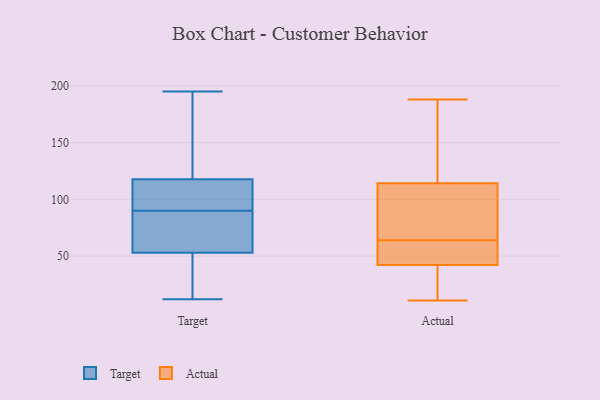
{"axis": {"x": "Churn Rate (%)", "y": "Value"}, "legend": ["Actual", "Target"], "data": [{"x": "", "y": 80, "type": "Target"}, {"x": "", "y": 90, "type": "Target"}, {"x": "", "y": 50, "type": "Target"}, {"x": "", "y": 195, "type": "Target"}, {"x": "", "y": 149, "type": "Target"}, {"x": "", "y": 70, "type": "Target"}, {"x": "", "y": 143, "type": "Target"}, {"x": "", "y": 43, "type": "Target"}, {"x": "", "y": 46, "type": "Target"}, {"x": "", "y": 73, "type": "Target"}, {"x": "", "y": 99, "type": "Target"}, {"x": "", "y": 110, "type": "Target"}, {"x": "", "y": 12, "type": "Target"}, {"x": "", "y": 188, "type": "Target"}, {"x": "", "y": 120, "type": "Target"}, {"x": "", "y": 111, "type": "Target"}, {"x": "", "y": 97, "type": "Target"}, {"x": "", "y": 32, "type": "Target"}, {"x": "", "y": 62, "type": "Target"}, {"x": "", "y": 115, "type": "Actual"}, {"x": "", "y": 91, "type": "Actual"}, {"x": "", "y": 112, "type": "Actual"}, {"x": "", "y": 61, "type": "Actual"}, {"x": "", "y": 188, "type": "Actual"}, {"x": "", "y": 64, "type": "Actual"}, {"x": "", "y": 175, "type": "Actual"}, {"x": "", "y": 62, "type": "Actual"}, {"x": "", "y": 131, "type": "Actual"}, {"x": "", "y": 40, "type": "Actual"}, {"x": "", "y": 156, "type": "Actual"}, {"x": "", "y": 80, "type": "Actual"}, {"x": "", "y": 19, "type": "Actual"}, {"x": "", "y": 18, "type": "Actual"}, {"x": "", "y": 101, "type": "Actual"}, {"x": "", "y": 11, "type": "Actual"}, {"x": "", "y": 49, "type": "Actual"}, {"x": "", "y": 19, "type": "Actual"}, {"x": "", "y": 63, "type": "Actual"}]}